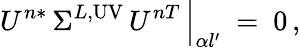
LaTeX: U^{n*}\, \Sigma^{L,\mathrm{UV}}\, U^{nT}\, \Big|_{\alpha l^{\prime}}\ =\ 0\, ,